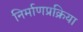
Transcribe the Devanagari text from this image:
निर्माणप्रक्रिया